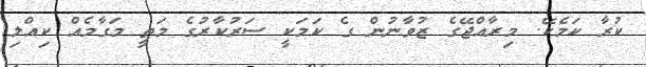
ކުރާ ކަމެކޭ. މިރާއްޖޭގެ ޒުވާނުން ގެ ކަމަކީ ސަރުކާރުގެ މަތީ މަގާމެއް ކިއްލި